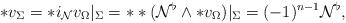
LaTeX: \begin{align*} \ast v_{\Sigma}=\ast i_{\mathcal{N}}v_{\Omega}|_{\Sigma}=\ast\ast(\mathcal{N}^{\flat}\wedge\ast v_{\Omega})|_{\Sigma}=(-1)^{n-1}\mathcal{N}^{\flat},\end{align*}